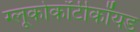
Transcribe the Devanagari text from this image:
ग्लूकोकॉर्टीकॉयड